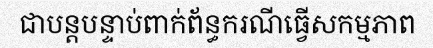
ជាបន្តបន្ទាប់ពាក់ព័ន្ធករណីធ្វើសកម្មភាព